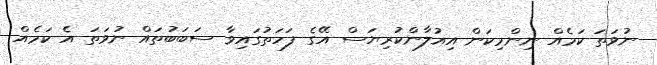
ނުވަތަ ކަމެއް ނިންމިކަން އިއުލާންކުރިޔަސް އޭގެ ފަހަތުގައިވާ ސަބަބުތައް ނުވަތަ އެ ކަމެއް